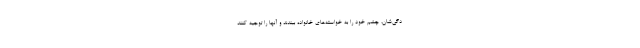
دگی‌شان، چشم خود را به خواسته‌های خانواده ببندند و آنها را توجیه کنند